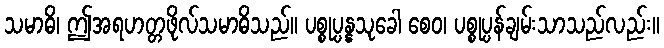
သမာဓိ၊ ဤအရဟတ္တဖိုလ်သမာဓိသည်။ ပစ္စုပ္ပန္နသုခေါ စေဝ၊ ပစ္စုပ္ပန်ချမ်းသာသည်လည်း။